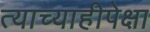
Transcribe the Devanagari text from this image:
त्याच्याहीपेक्षा